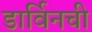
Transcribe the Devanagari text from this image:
डार्विनची